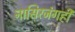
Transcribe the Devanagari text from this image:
नासिरजंगही